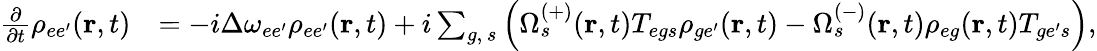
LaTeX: \begin{array}{rl}{\frac{\partial}{\partial t}\rho_{ee^{\prime}}(\textbf{r},t)}&{=-i\Delta\omega_{ee^{\prime}}\rho_{{ee^{\prime}}}(\textbf{r},t)+i\sum_{g,\, s}\left(\Omega_{s}^{(+)}(\textbf{r},t)T_{{eg}s}\rho_{{ge^{\prime}}}(\textbf{r},t)-\Omega_{s}^{(-)}(\textbf{r},t)\rho_{{eg}}(\textbf{r},t)T_{{ge^{\prime}}s}\right),}\end{array}